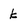
Character: k